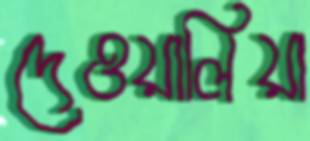
দেওয়ালিয়া